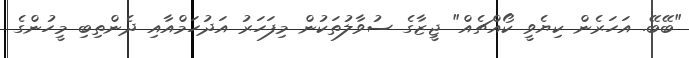
"ބޭބޭ. އަހަރެން ކިޔެވީ ކޯއްޗެއް" ޖީޒާގެ ސުވާލުތަކުން މިފަހަރު އަދުހަމްއާއި ދެންތިބި މީހުންގެ